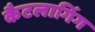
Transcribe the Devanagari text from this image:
कैटलागिंग